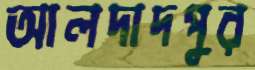
আলদাদপুর